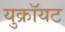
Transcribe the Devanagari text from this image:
युक्रॉयट